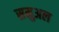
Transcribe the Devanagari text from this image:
समुअल